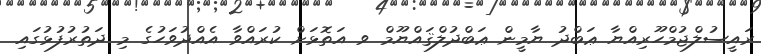
ރައީސުލްޖުމްހޫރިއްޔާ ޢަބްދު ޔާމީން ޢަބްދުލްޤައްޔޫމް ވ އަތޮޅަށް ކުރައްވާ އެއްދުވަހުގެ މި ދަތުރުފުޅުގައި